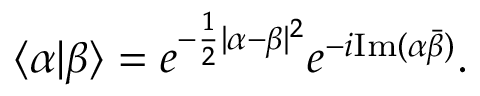
\langle \alpha | \beta \rangle = e ^ { - \frac { 1 } { 2 } | \alpha - \beta | ^ { 2 } } e ^ { - i \mathrm { I m } ( \alpha \bar { \beta } ) } .